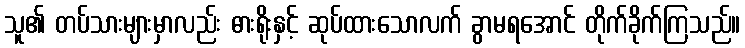
သူ၏ တပ်သားများမှာလည်း ဓားရိုးနှင့် ဆုပ်ထားသောလက် ခွာမရအောင် တိုက်ခိုက်ကြသည်။